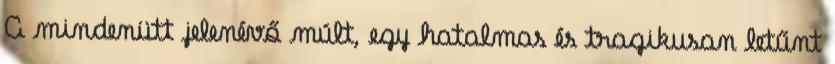
A mindenütt jelenévő múlt, egy hatalmas és tragikusan letűnt